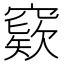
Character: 窽